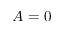
A = 0